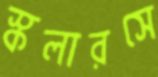
স্কলারসে